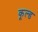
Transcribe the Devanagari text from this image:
कूल्‍ड